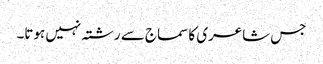
جس شاعری کا سماج سے رشتہ نہیں ہوتا۔